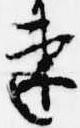
速